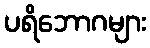
ပရိဘောဂများ